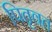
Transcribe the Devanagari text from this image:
पितृवत